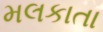
મલકાતા